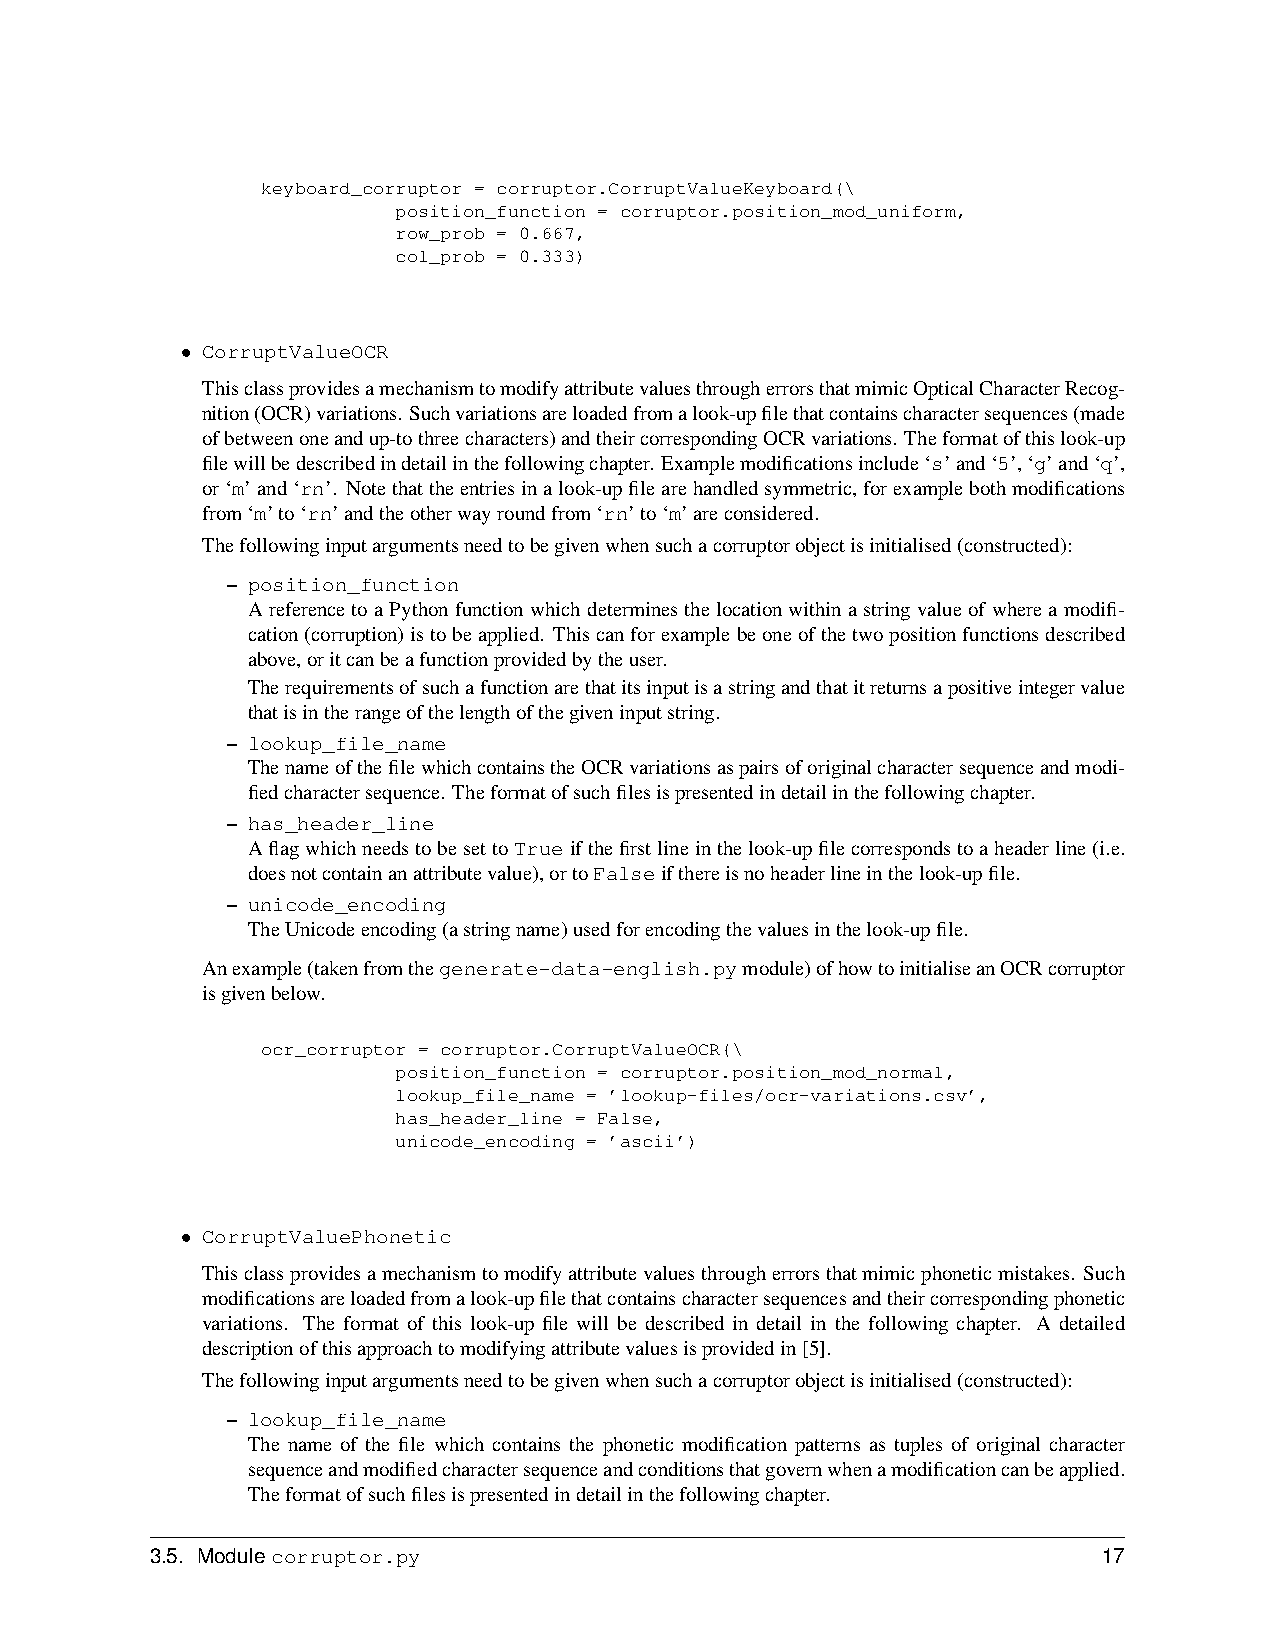
keyboard_corruptor = corruptor.CorruptValueKeyboard(\
 position_function = corruptor.position_mod_uniform,
 row_prob = 0.667,
 col_prob = 0.333)
 • CorruptValueOCR
 ThisclassprovidesamechanismtomodifyattributevaluesthrougherrorsthatmimicOpticalCharacterRecog-
 nition(OCR)variations. Suchvariationsareloadedfromalook-upfilethatcontainscharactersequences(made
 ofbetweenoneandup-tothreecharacters)andtheircorrespondingOCRvariations. Theformatofthislook-up
 filewillbedescribedindetailinthefollowingchapter. Examplemodificationsinclude‘s’and‘5’,‘g’and‘q’,
 or‘m’and‘rn’. Notethattheentriesinalook-upfilearehandledsymmetric,forexamplebothmodifications
 from‘m’to‘rn’andtheotherwayroundfrom‘rn’to‘m’areconsidered.
 Thefollowinginputargumentsneedtobegivenwhensuchacorruptorobjectisinitialised(constructed):
 – position_function
 AreferencetoaPythonfunctionwhichdeterminesthelocationwithinastringvalueofwhereamodifi-
 cation(corruption)istobeapplied. Thiscanforexamplebeoneofthetwopositionfunctionsdescribed
 above,oritcanbeafunctionprovidedbytheuser.
 Therequirementsofsuchafunctionarethatitsinputisastringandthatitreturnsapositiveintegervalue
 thatisintherangeofthelengthofthegiveninputstring.
 – lookup_file_name
 ThenameofthefilewhichcontainstheOCRvariationsaspairsoforiginalcharactersequenceandmodi-
 fiedcharactersequence. Theformatofsuchfilesispresentedindetailinthefollowingchapter.
 – has_header_line
 AflagwhichneedstobesettoTrueifthefirstlineinthelook-upfilecorrespondstoaheaderline(i.e.
 doesnotcontainanattributevalue),ortoFalseifthereisnoheaderlineinthelook-upfile.
 – unicode_encoding
 TheUnicodeencoding(astringname)usedforencodingthevaluesinthelook-upfile.
 Anexample(takenfromthegenerate-data-english.pymodule)ofhowtoinitialiseanOCRcorruptor
 isgivenbelow.
 ocr_corruptor = corruptor.CorruptValueOCR(\
 position_function = corruptor.position_mod_normal,
 lookup_file_name = ’lookup-files/ocr-variations.csv’,
 has_header_line = False,
 unicode_encoding = ’ascii’)
 • CorruptValuePhonetic
 Thisclassprovidesamechanismtomodifyattributevaluesthrougherrorsthatmimicphoneticmistakes. Such
 modificationsareloadedfromalook-upfilethatcontainscharactersequencesandtheircorrespondingphonetic
 variations. The format of this look-up file will be described in detail in the following chapter. A detailed
 descriptionofthisapproachtomodifyingattributevaluesisprovidedin[5].
 Thefollowinginputargumentsneedtobegivenwhensuchacorruptorobjectisinitialised(constructed):
 – lookup_file_name
 The name of the file which contains the phonetic modification patterns as tuples of original character
 sequenceandmodifiedcharactersequenceandconditionsthatgovernwhenamodificationcanbeapplied.
 Theformatofsuchfilesispresentedindetailinthefollowingchapter.
 3.5. Modulecorruptor.py                                        17